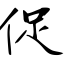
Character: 促